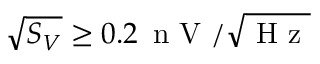
\sqrt { S _ { V } } \geq 0 . 2 \, \mathrm { ~ n ~ V ~ } / \sqrt { \mathrm { ~ H ~ z ~ } }